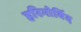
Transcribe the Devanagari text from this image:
हरिगोविंद